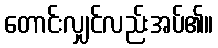
တောင်းလျှင်လည်းအပ်၏။